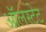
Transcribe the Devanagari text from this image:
ऑलस्टेट